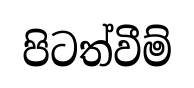
පිටත්වීම්